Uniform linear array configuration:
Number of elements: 48
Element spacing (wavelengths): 0.5
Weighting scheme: cosine
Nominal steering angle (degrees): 60
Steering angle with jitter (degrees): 58.987
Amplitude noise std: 0.05
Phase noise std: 0.05

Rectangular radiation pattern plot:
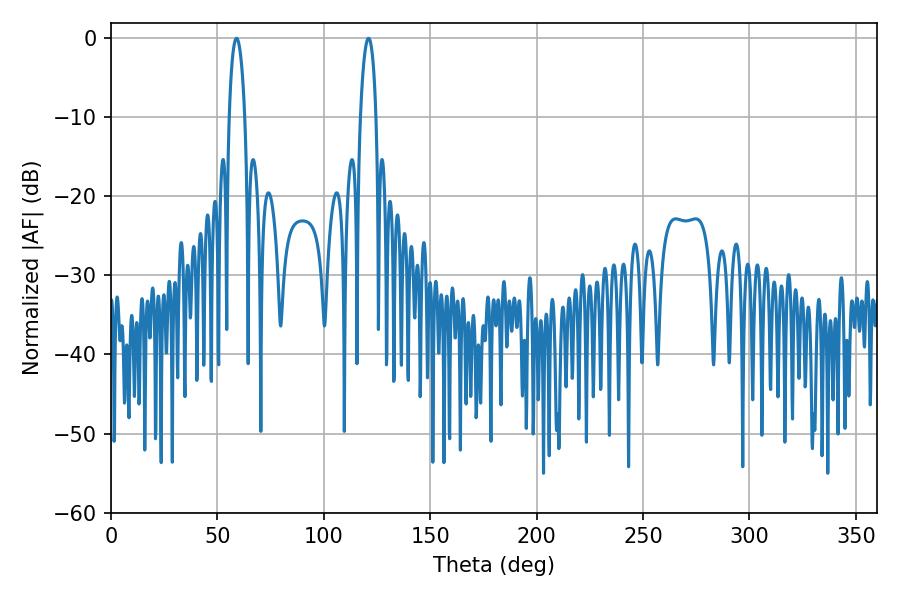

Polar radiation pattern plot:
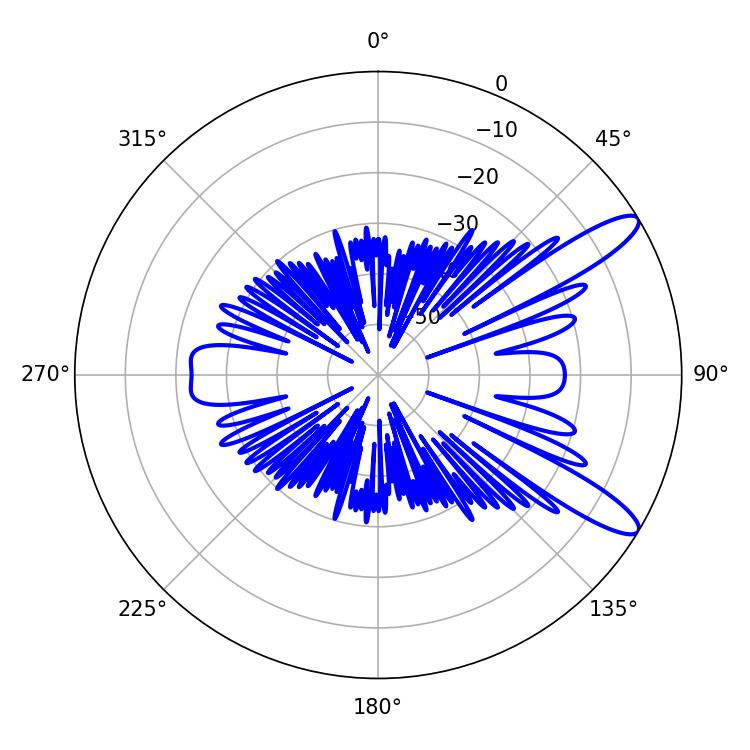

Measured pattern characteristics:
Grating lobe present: FALSE
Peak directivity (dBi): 11.607
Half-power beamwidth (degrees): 4.14
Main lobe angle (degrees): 120.96